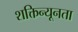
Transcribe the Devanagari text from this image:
शक्तिन्यूनता